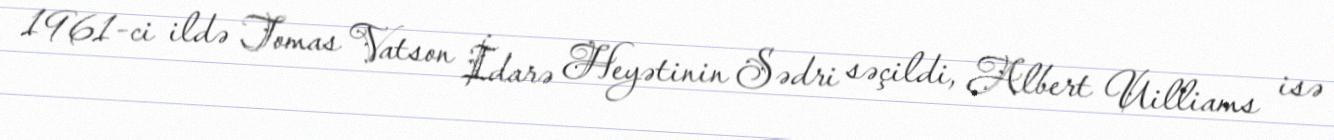
1961-ci ildə Tomas Vatson İdarə Heyətinin Sədri səçildi, Albert Uilliams isə